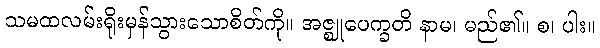
သမထလမ်းရိုးမှန်သွားသောစိတ်ကို။ အဇ္ဈုပေက္ခတိ နာမ၊ မည်၏။ စ၊ ပါး။